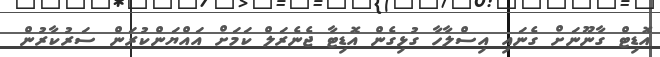
އޮޑިޓް ގާނޫނަށް ގެނައި އިސްލާހާ ގުޅިގެން އޮޑިޓާ ޖެނެރަލް ކަމަށް އައްޔަންކުރަން ސަރުކާރުން